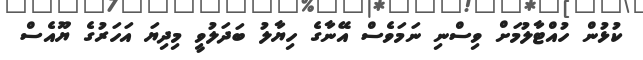
ކުޅުން ހުއްޓާލުމަށް ވިސްނި ނަމަވެސް އޭނާގެ ހިޔާލު ބަދަލުވީ މިދިޔަ އަހަރުގެ ޔޫއެސް